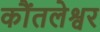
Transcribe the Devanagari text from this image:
कौंतलेश्वर